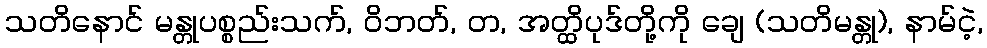
သတိနောင် မန္တုပစ္စည်းသက်, ဝိဘတ်, တ, အတ္ထိပုဒ်တို့ကို ချေ (သတိမန္တု), နာမ်ငဲ့,